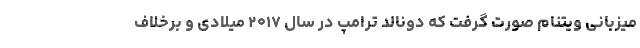
میزبانی ویتنام صورت گرفت که دونالد ترامپ در سال ۲۰۱۷ میلادی و برخلاف